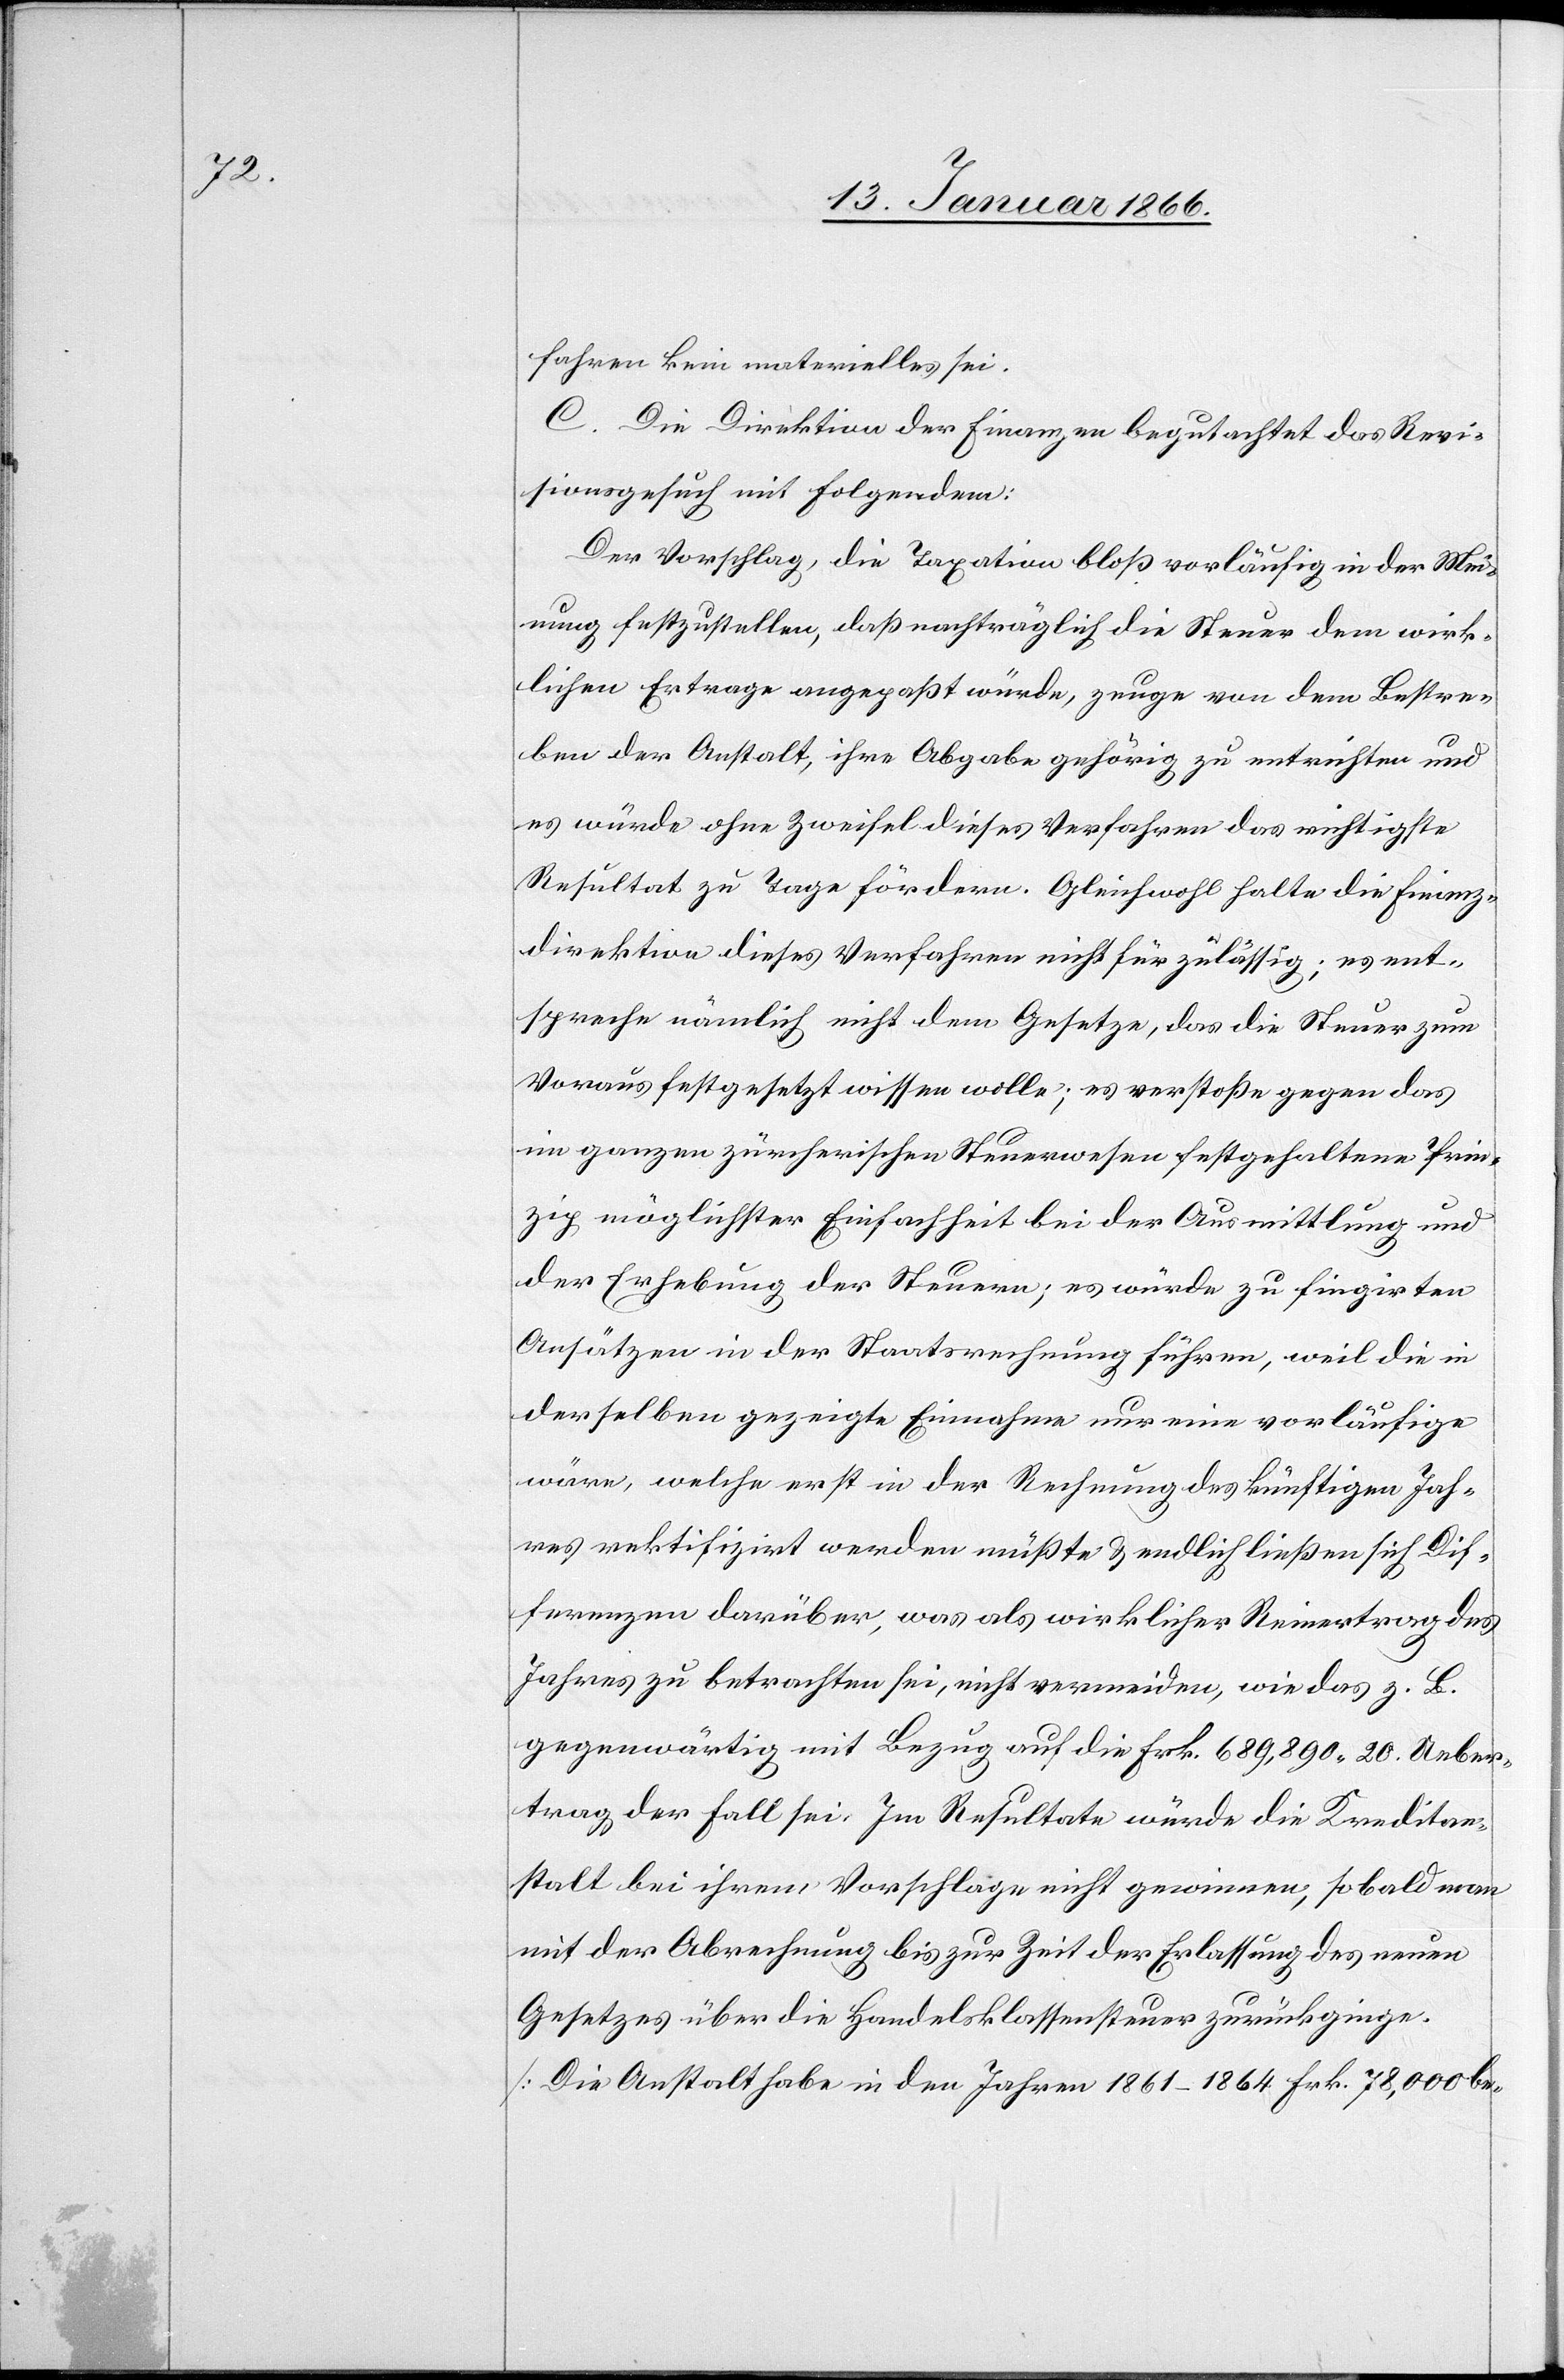
sehen kein materielles sei.
C. Die Direktion der Finanzen begutachtet das Revi¬
sionsgesuch mit folgendem:
Der Vorschlag, die Taxation bloß vorläufig in der Mei¬
nung festzustellen, daß nachträglich die Steuer dem wirk¬
lichen Ertrage angepaßt würde, zeuge von dem Bestre¬
ben der Anstalt, ihre Abgabe gehörig zu entrichten und
es würde ohne Zweifel dieses Verfahren das richtigste
Resultat zu Tage fördern. Gleichwohl halte die Finanz¬
direktion dieses Verfahren nicht für zulässig; es ent¬
spreche nämlich nicht dem Gesetze, das die Steuer zum
Voraus festgesetzt wissen wolle; es verstoße gegen das
im ganzen züricherischen Steuerwesen festgehaltene Prin¬
zip möglichster Einfachheit bei der Ausmittlung und
der Erhebung der Steuern; es würde zu fingirten
Ansätzen in der Staatsrechnung führen, weil die in
derselben gezeigte Einnahme nur eine vorläufige
wäre, welche erst in der Rechnung des künftigen Jah¬
res rektifizirt werden müßte u. endlich ließen sich Dif¬
ferenzen darüber, was als wirklicher Reinertrag des
Jahres zu betrachten sei, nicht vermeiden, wie das z. B.
gegenwärtig mit Bezug auf die Frk. 689,890,20. Ueber¬
trag der Fall sei. Im Resultate würde die Kreditan¬
stalt bei ihrem Vorschlage nicht gewinnen, sobald man
mit der Abrechnung bis zur Zeit der Erlassung des neuen
Gesetzes über die Handelsklassensteuer zurückginge.
[Die Anstalt habe in den Jahren 1861–1864 Frk. 78,000 be-